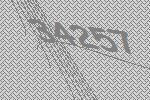
34257